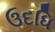
ઉદધિ